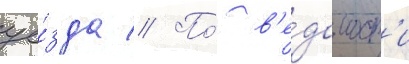
уе́зда // По́ в'е́домост'и